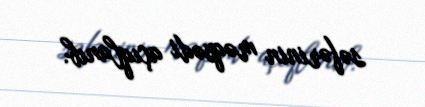
səfərinin məqsədi açıqlanıb.